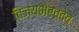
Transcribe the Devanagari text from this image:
विजयभैरवदेव